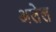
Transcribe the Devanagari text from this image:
अलेल